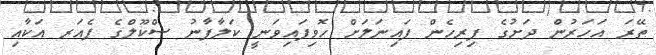
ތޭރަ އަހަރުން ދަށުގެ ފިރިހެން ފައިނަލަށް ހޮވިފައިވަނީ ކަލާފާނު ސްކޫލްގެ ޕެއަރ އަކާއި